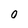
Character: 0